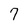
Character: 7